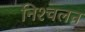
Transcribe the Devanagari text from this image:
निश्‍चलन